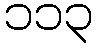
၁၁၃